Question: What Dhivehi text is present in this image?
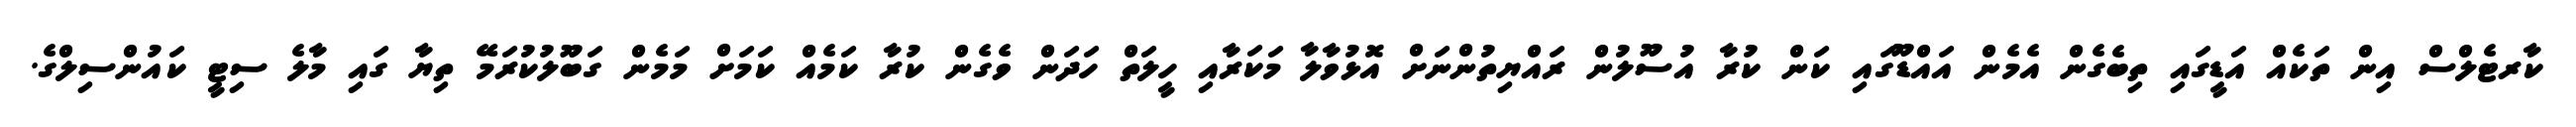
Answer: ކާރޓެލްސް އިން ތަކެއް އަޑީގައި ތިބެގެން އެމެން އައްޑޫގައި ކަން ކުރާ އުސޫލުން ރައްޔިތުންނަށް އޮޅުވާލާ މަކަރާއި ހީލަތް ހަދަން ވެގެން ކުރާ ކަމެއް ކަމަށް މަމެން ގަބޫލުކުރަމޭ ތިޔާ ގައި މާލެ ސިޓީ ކައުންސިލްގެ.